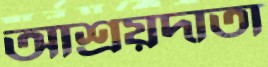
আশ্রয়দাতা